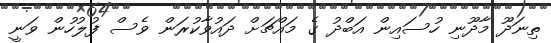
ތިނަދޫ މާދޫނި ހުސައިން އަބްދު ގެ މައްޗަށް ދައުވާކުރަން ވެސް ފުލުހުން ވަނީ